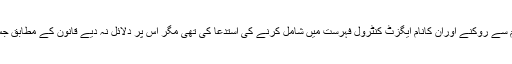
وکیل نے کہا ایک درخواست گزار نے وزیراعظم و دیگر کو کام سے روکنے اوران کانام ایگزٹ کنٹرول فہرست میں شامل کرنے کی استدعا کی تھی مگر اس پر دلائل نہ دیے قانون کے مطابق جس نکتے پر زور نہ دیاجائے وہ استدعا ختم تصور کی جاتی ہے۔